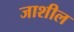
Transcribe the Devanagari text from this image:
जाशील